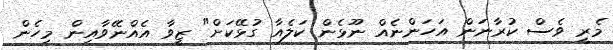
މެރީ ވެސް ކުރާނަން އަހަންނެއް ނޫޅެން ކަލެއާ ގުޅޭކަށް" ޒީވާ އެއްނޭވާއިން މިހެން